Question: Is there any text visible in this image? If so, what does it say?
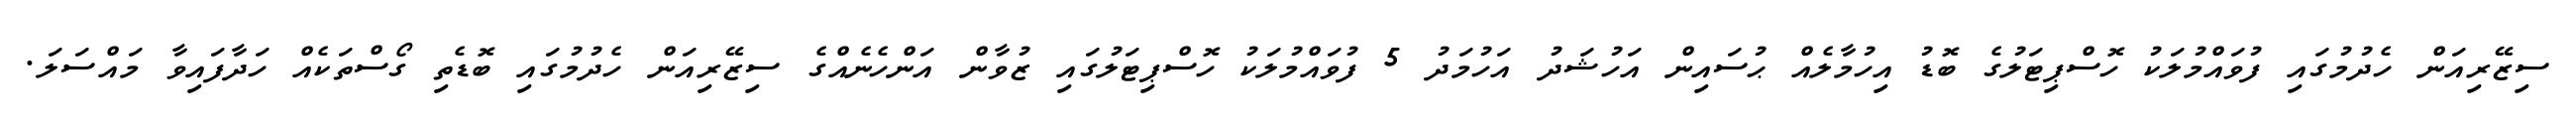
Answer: ސިޒޭރިއަން ހެދުމުގައި ފުވައްމުލަކު ހޮސްޕިޓަލުގެ ބޮޑު އިހުމާލެއް ޙުސައިން އަހުޝަދު އަހުމަދު 5 ފުވައްމުލަކު ހޮސްޕިޓަލުގައި ޒުވާން އަންހެނެއްގެ ސިޒޭރިއަން ހެދުމުގައި ބޮޑެތި ގޯސްތަކެއް ހަދާފައިވާ މައްސަލަ.